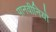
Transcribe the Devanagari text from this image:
पानवीनियो